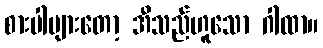
စားပါများတော့ အီသည်ဟူသော ဂါထာ။